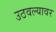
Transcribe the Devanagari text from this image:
उठवल्यावर